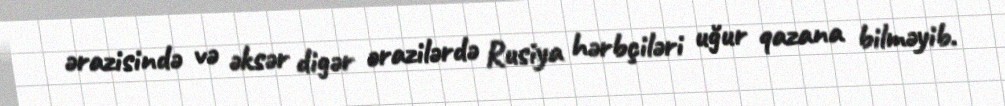
ərazisində və əksər digər ərazilərdə Rusiya hərbçiləri uğur qazana bilməyib.